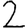
Digit: 2